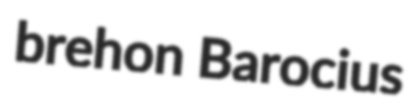
brehon Barocius